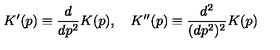
K ^ { \prime } ( p ) \equiv \frac { d } { d p ^ { 2 } } K ( p ) , \quad K ^ { \prime \prime } ( p ) \equiv \frac { d ^ { 2 } } { ( d p ^ { 2 } ) ^ { 2 } } K ( p )